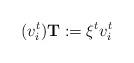
LaTeX: \begin{align*}{}(v_i^t)\mathbf{T}:=\xi^{t}v_i^t\end{align*}